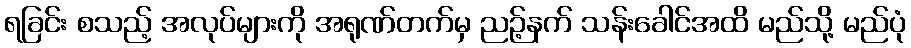
ရခြင်း စသည့် အလုပ်များကို အရုဏ်တက်မှ ညဉ့်နက် သန်းခေါင်အထိ မည်သို့ မည်ပုံ